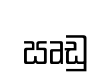
ඍඩු